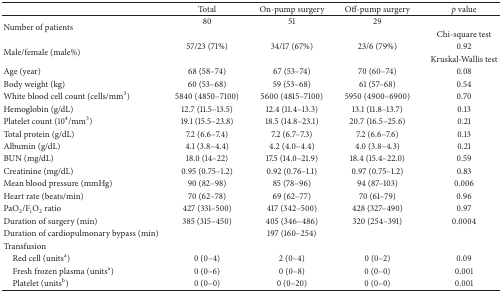
<table><thead><tr><td><b> </b></td><td><b>Total</b></td><td><b>On-pump surgery</b></td><td><b>Off-pump surgery</b></td><td><b><i>p </i>value</b></td></tr></thead><tbody><tr><td rowspan="2">Number of patients</td><td>80</td><td>51</td><td>29</td><td> </td></tr><tr><td> </td><td> </td><td> </td><td>Chi-square test</td></tr><tr><td rowspan="2">Male/female (male%)</td><td>57/23 (71%)</td><td>34/17 (67%)</td><td>23/6 (79%)</td><td>0.92</td></tr><tr><td> </td><td> </td><td> </td><td>Kruskal-Wallis test</td></tr><tr><td>Age (year)</td><td>68 (58–74)</td><td>67 (53–74)</td><td>70 (60–74)</td><td>0.08</td></tr><tr><td>Body weight (kg)</td><td>60 (53–68)</td><td>59 (53–68)</td><td>61 (57–68)</td><td>0.54</td></tr><tr><td>White blood cell count (cells/mm<sup>3</sup>)</td><td>5840 (4850–7100)</td><td>5600 (4815–7100)</td><td>5950 (4900–6900)</td><td>0.70</td></tr><tr><td>Hemoglobin (g/dL)</td><td>12.7 (11.5–13.5)</td><td>12.4 (11.4–13.3)</td><td>13.1 (11.8–13.7)</td><td>0.13</td></tr><tr><td>Platelet count (10<sup>4</sup>/mm<sup>3</sup>)</td><td>19.1 (15.5–23.8)</td><td>18.5 (14.8–23.1)</td><td>20.7 (16.5–25.6)</td><td>0.21</td></tr><tr><td>Total protein (g/dL)</td><td>7.2 (6.6–7.4)</td><td>7.2 (6.7–7.3)</td><td>7.2 (6.6–7.6)</td><td>0.13</td></tr><tr><td>Albumin (g/dL)</td><td>4.1 (3.8–4.4)</td><td>4.2 (4.0–4.4)</td><td>4.0 (3.8–4.3)</td><td>0.21</td></tr><tr><td>BUN (mg/dL)</td><td>18.0 (14–22)</td><td>17.5 (14.0–21.9)</td><td>18.4 (15.4–22.0)</td><td>0.59</td></tr><tr><td>Creatinine (mg/dL)</td><td>0.95 (0.75–1.2)</td><td>0.92 (0.76–1.1)</td><td>0.97 (0.75–1.2)</td><td>0.83</td></tr><tr><td>Mean blood pressure (mmHg)</td><td>90 (82–98)</td><td>85 (78–96)</td><td>94 (87–103)</td><td>0.006</td></tr><tr><td>Heart rate (beats/min)</td><td>70 (62–78)</td><td>69 (62–77)</td><td>70 (61–79)</td><td>0.96</td></tr><tr><td>PaO<sub>2</sub>/F<sub>i</sub>O<sub>2</sub> ratio</td><td>427 (331–500)</td><td>417 (342–500)</td><td>428 (327–490)</td><td>0.97</td></tr><tr><td>Duration of surgery (min)</td><td>385 (315–450)</td><td>405 (346–486)</td><td>320 (254–391)</td><td>0.0004</td></tr><tr><td>Duration of cardiopulmonary bypass (min)</td><td> </td><td>197 (160–254)</td><td colspan="2"> </td></tr><tr><td>Transfusion</td><td> </td><td> </td><td> </td><td> </td></tr><tr><td> Red cell (units<sup>a</sup>)</td><td>0 (0–4)</td><td>2 (0–4)</td><td>0 (0–2)</td><td>0.09</td></tr><tr><td> Fresh frozen plasma (units<sup>a</sup>)</td><td>0 (0–6)</td><td>0 (0–8)</td><td>0 (0–0)</td><td>0.001</td></tr><tr><td> Platelet (units<sup>b</sup>)</td><td>0 (0–0)</td><td>0 (0–20)</td><td>0 (0–0)</td><td>0.001</td></tr></tbody></table>